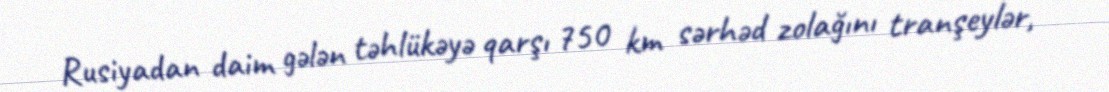
Rusiyadan daim gələn təhlükəyə qarşı 750 km sərhəd zolağını tranşeylər,